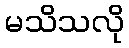
မသိသလို